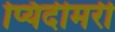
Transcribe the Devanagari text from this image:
प्यिदीमर्री